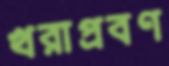
খরাপ্রবণ